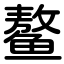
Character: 鳌